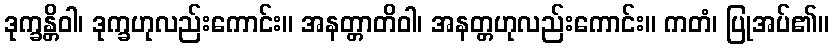
ဒုက္ခန္တိဝါ၊ ဒုက္ခဟုလည်းကောင်း။ အနတ္တာတိဝါ၊ အနတ္တဟုလည်းကောင်း။ ကတံ၊ ပြုအပ်၏။